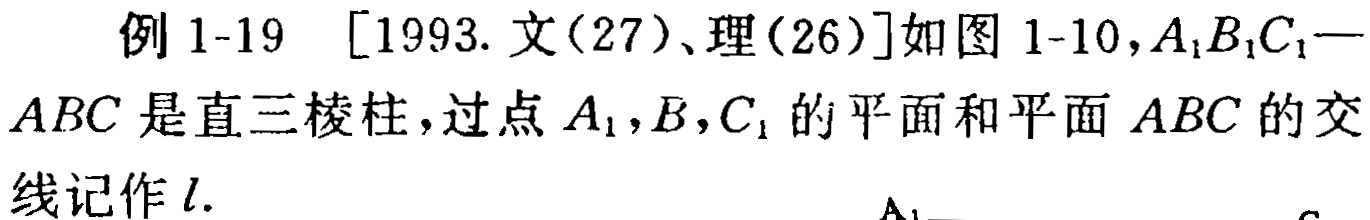
例 1-19 [1993. 文(27)、理(26)]如图 1-10,$A_{1}B_{1}C_{1}-ABC$是直三棱柱，过点$A_{1},B,C_{1}$的平面和平面$ABC$的交线记作$l$.